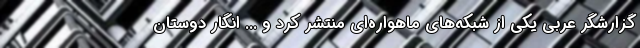
گزارشگر عربی یکی از شبکه‌های ماهواره‌ای منتشر کرد و ... انگار دوستان